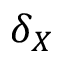
\delta _ { X }